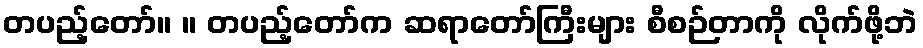
တပည့်တော်။ ။ တပည့်တော်က ဆရာတော်ကြီးများ စီစဉ်တာကို လိုက်ဖို့ဘဲ